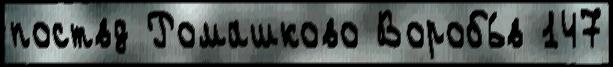
поствд Ромашково Воробь́в 147